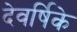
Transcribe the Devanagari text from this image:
देवर्षिके